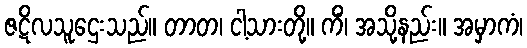
ဇဋိလသူဌေးသည်။ တာတ၊ ငါ့သားတို့။ ကိံ၊ အသို့နည်း။ အမှာကံ၊